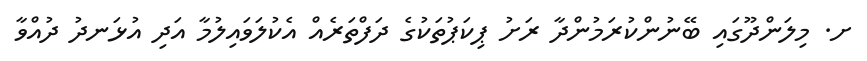
ށ. މިލަންދޫގައި ބޭނުންކުރަމުންދާ ރަށު ޕިކަޕުތަކުގެ ދަފްތަރެއް އެކުލަވައިލުމާ އަދި އުޅަނދު ދުއްވާ